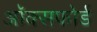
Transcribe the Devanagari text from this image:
अॉक्सफोर्ड